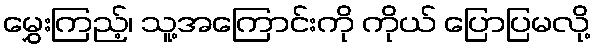
မွှေးကြည့်၊ သူ့အကြောင်းကို ကိုယ် ပြောပြမလို့